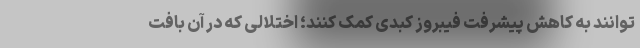
توانند به کاهش پیشرفت فیبروز کبدی کمک کنند؛ اختلالی که در آن بافت